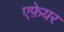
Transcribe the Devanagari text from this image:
एफ़ेयर